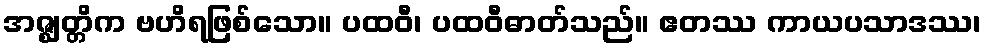
အဇ္ဈတ္တိက ဗဟိရဖြစ်သော။ ပထဝီ၊ ပထဝီဓာတ်သည်။ ဧတဿ ကာယပသာဒဿ၊